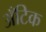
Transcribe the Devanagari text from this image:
अँटिक